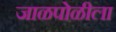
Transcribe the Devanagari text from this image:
जाळपोळीला